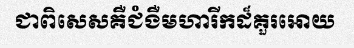
ជាពិសេសគឺជំងឺមហារីកដ៏គួរអោយ